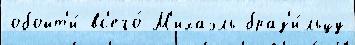
обойт'и́ вс'его́ М'ихаэль браз'и́льцу